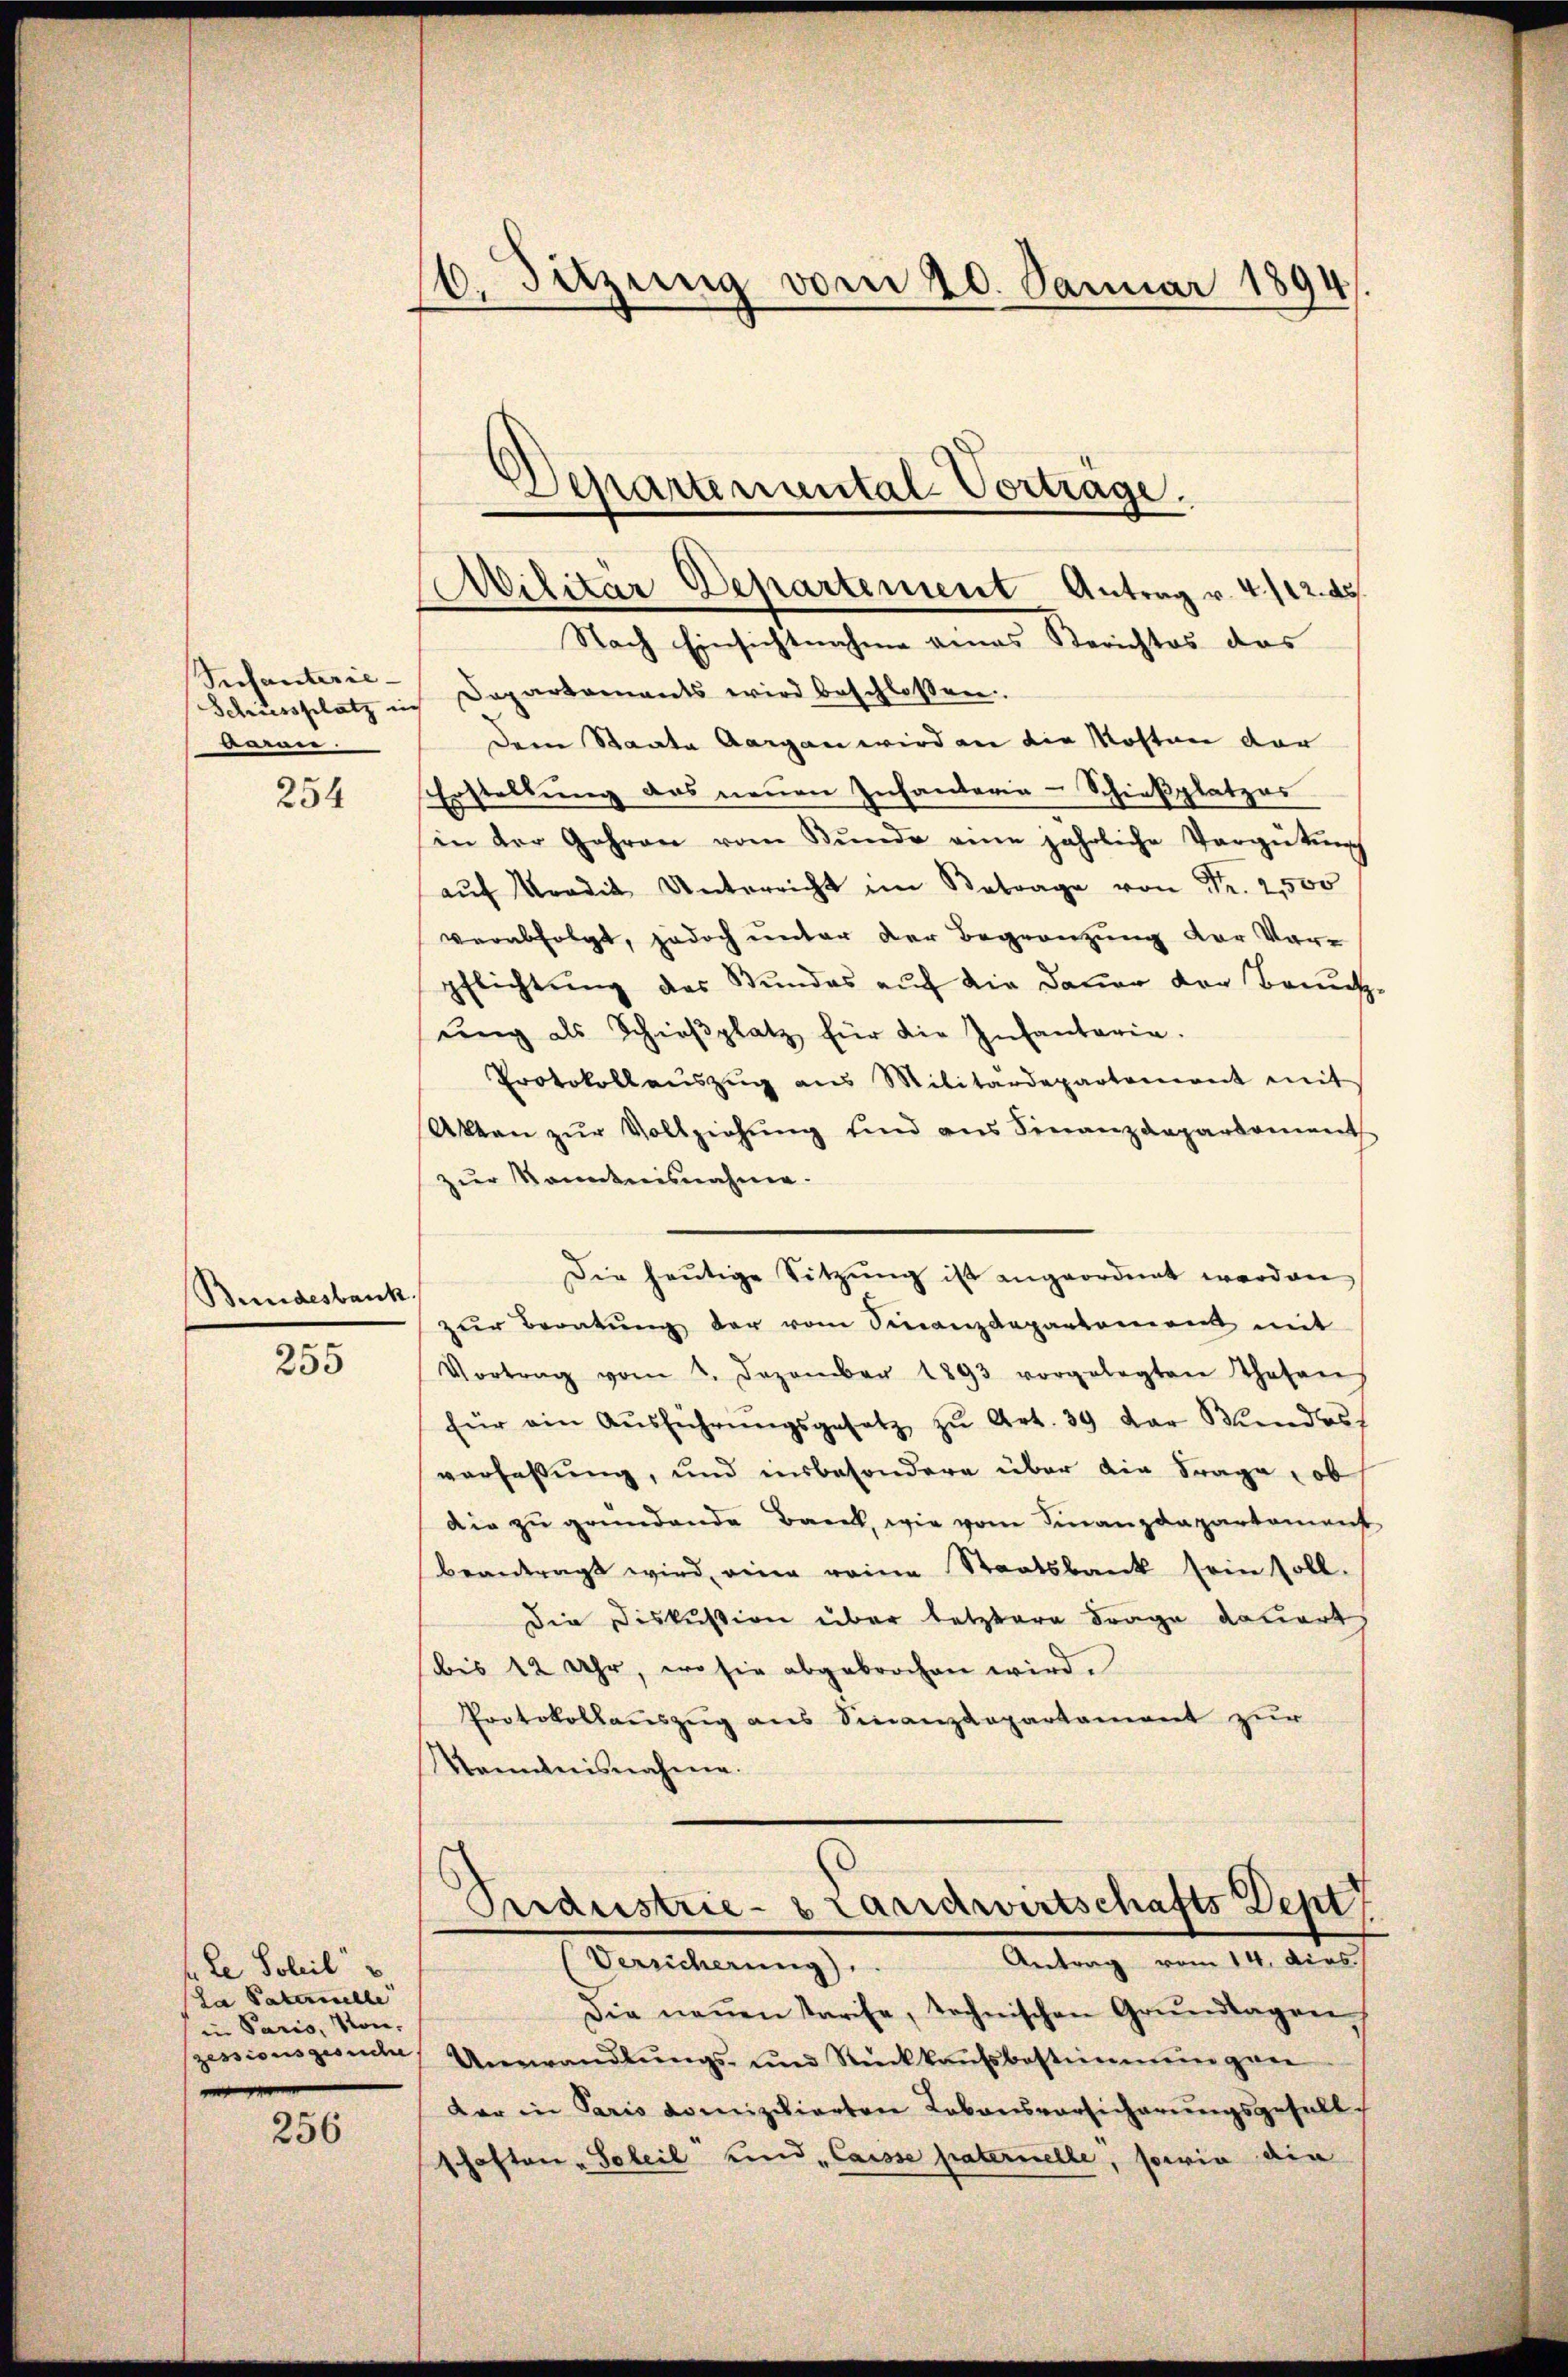
Infanterie-
Schiessplatz in
auren.

254

Bundesbank.

255

h. Le Soleil
(La Paterstelle
in Paris, von,
zessionsgesuche

256

6. Sitzung vom 20. Januar 1894.

Militär Departement Antrag v. 4.122. de

Separtemental-Vortrage.

Nach Einsichtnahme eines Berichtes das
Dapartements wird beschlossen.
Dem Staate Aargau wird an die Kosten der
Erstellung des neuen Infanterie-Schießplatzes
in der Jahren vom Bŭnde eine jährliche Vergütung
aŭf Mit Unterricht im Betrage von Fr. 2500
verabfolgt, jedoch unter der Begränzung der Vorpflichtung des Stundes auf die Dauer der Benutzŭng als Schieβplatz für die Infantaria.
Protokollauszug aus Militärdepartement mit
Akten zŭr Vollziehŭng und ans Finanzdepartement
zur Kenntnisnahme.
Die heŭtige Sitzŭng ist angeordnet worden
zŭr Beratŭng der vom Sinanzdepartement mit
Vortrag vom 2. Dezember 1893 vorgelegten Thatens
für ein Aŭsführŭngsgesetz zŭ Art. 39 der Bundes
verfassung, und insbesondere über die Frage, ob
die zu gründende Bank, wie vom Finanzdepartament
beantragt wird, eine reine Staatsbank sein soll.
Die Diskussion über letztere Frage dauert
(bis 12 Uhr, wo sie abgebrochen wird.
Protokollauszug aus Finanzkapartament zur
Kanntnisnahme.

Perdustrie-Brandwirtschafts Dept
Antrag vom 14. dies
(Versicherung).

Die neŭen Parise, technischen Grŭndlagen
Umwandlŭngs- und Rückkaŭfsbestimmungen
dar in Paris domizilierten Lebensvorsicherŭngsgefall
schaften Soleil und Casse paternelle, sowie die